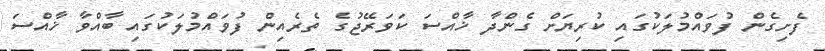
ފެށިގެން ފުވައްމުލަކުގައި ކުރިޔަށް ގެންދާ ޚާއްސަ ކަވަރޭޖުގެ ތެރެއިން ފުވައްމުލަކުގައި ބާއްވާ ޚާއްސަ